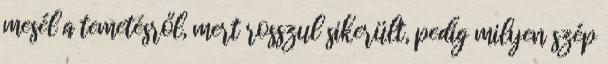
mesél a temetésről, mert rosszul sikerült, pedig milyen szép